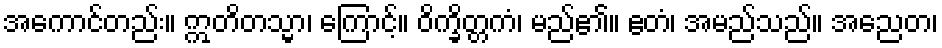
အကောင်တည်း။ ဣတိတသ္မာ၊ ကြောင့်။ ဝိက္ခိတ္တကံ၊ မည်၏။ ဧတံ၊ အမည်သည်။ အညေတ၊